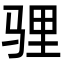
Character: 𩧹